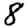
Digit: 8